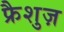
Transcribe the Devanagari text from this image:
फ्रैशुज़